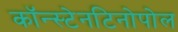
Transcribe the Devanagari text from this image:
कॉन्स्टेनटिनोपोल